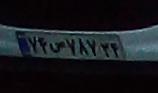
۷۴ص۷۸۷۳۴